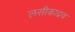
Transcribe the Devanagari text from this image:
लसीकाद्रव